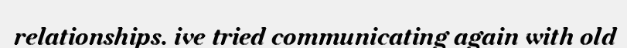
relationships. ive tried communicating again with old